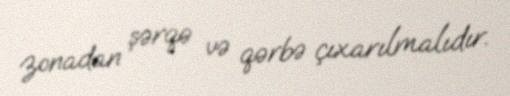
zonadan şərqə və qərbə çıxarılmalıdır.